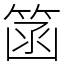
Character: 䈄